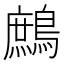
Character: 鷓